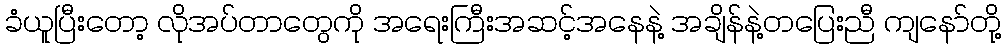
ခံယူပြီးတော့ လိုအပ်တာတွေကို အရေးကြီးအဆင့်အနေနဲ့ အချိန်နဲ့တပြေးညီ ကျနော်တို့